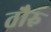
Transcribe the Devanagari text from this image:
तौरु